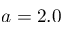
a = 2 . 0